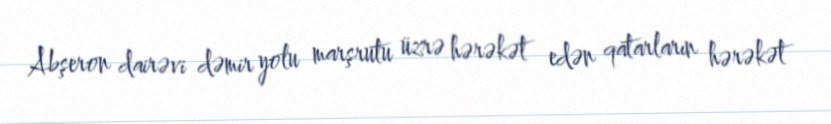
Abşeron dairəvi dəmir yolu marşrutu üzrə hərəkət edən qatarların hərəkət